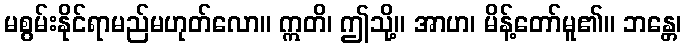
မစွမ်းနိုင်ရာမည်မဟုတ်လော။ ဣတိ၊ ဤသို့။ အာဟ၊ မိန့်တော်မူ၏။ ဘန္တေ၊